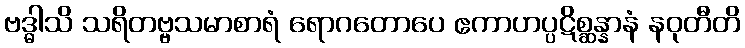
ဗဒ္ဓါသိ သရိတဗ္ဗသမာစာရံ ရောဂတောပေ ဧကာဟပ္ပဋိစ္ဆန္နာနံ နဝုတီတိ